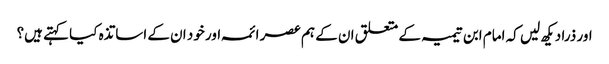
اور ذرا دیکھ لیں کہ امام ابن تیمیہ کے متعلق ان کے ہم عصر ائمہ اور خود ان کے اساتذہ کیا کہتے ہیں؟